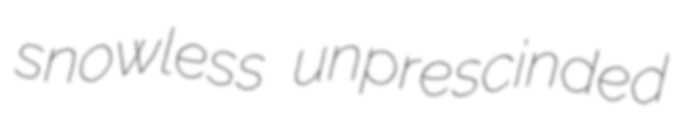
snowless unprescinded